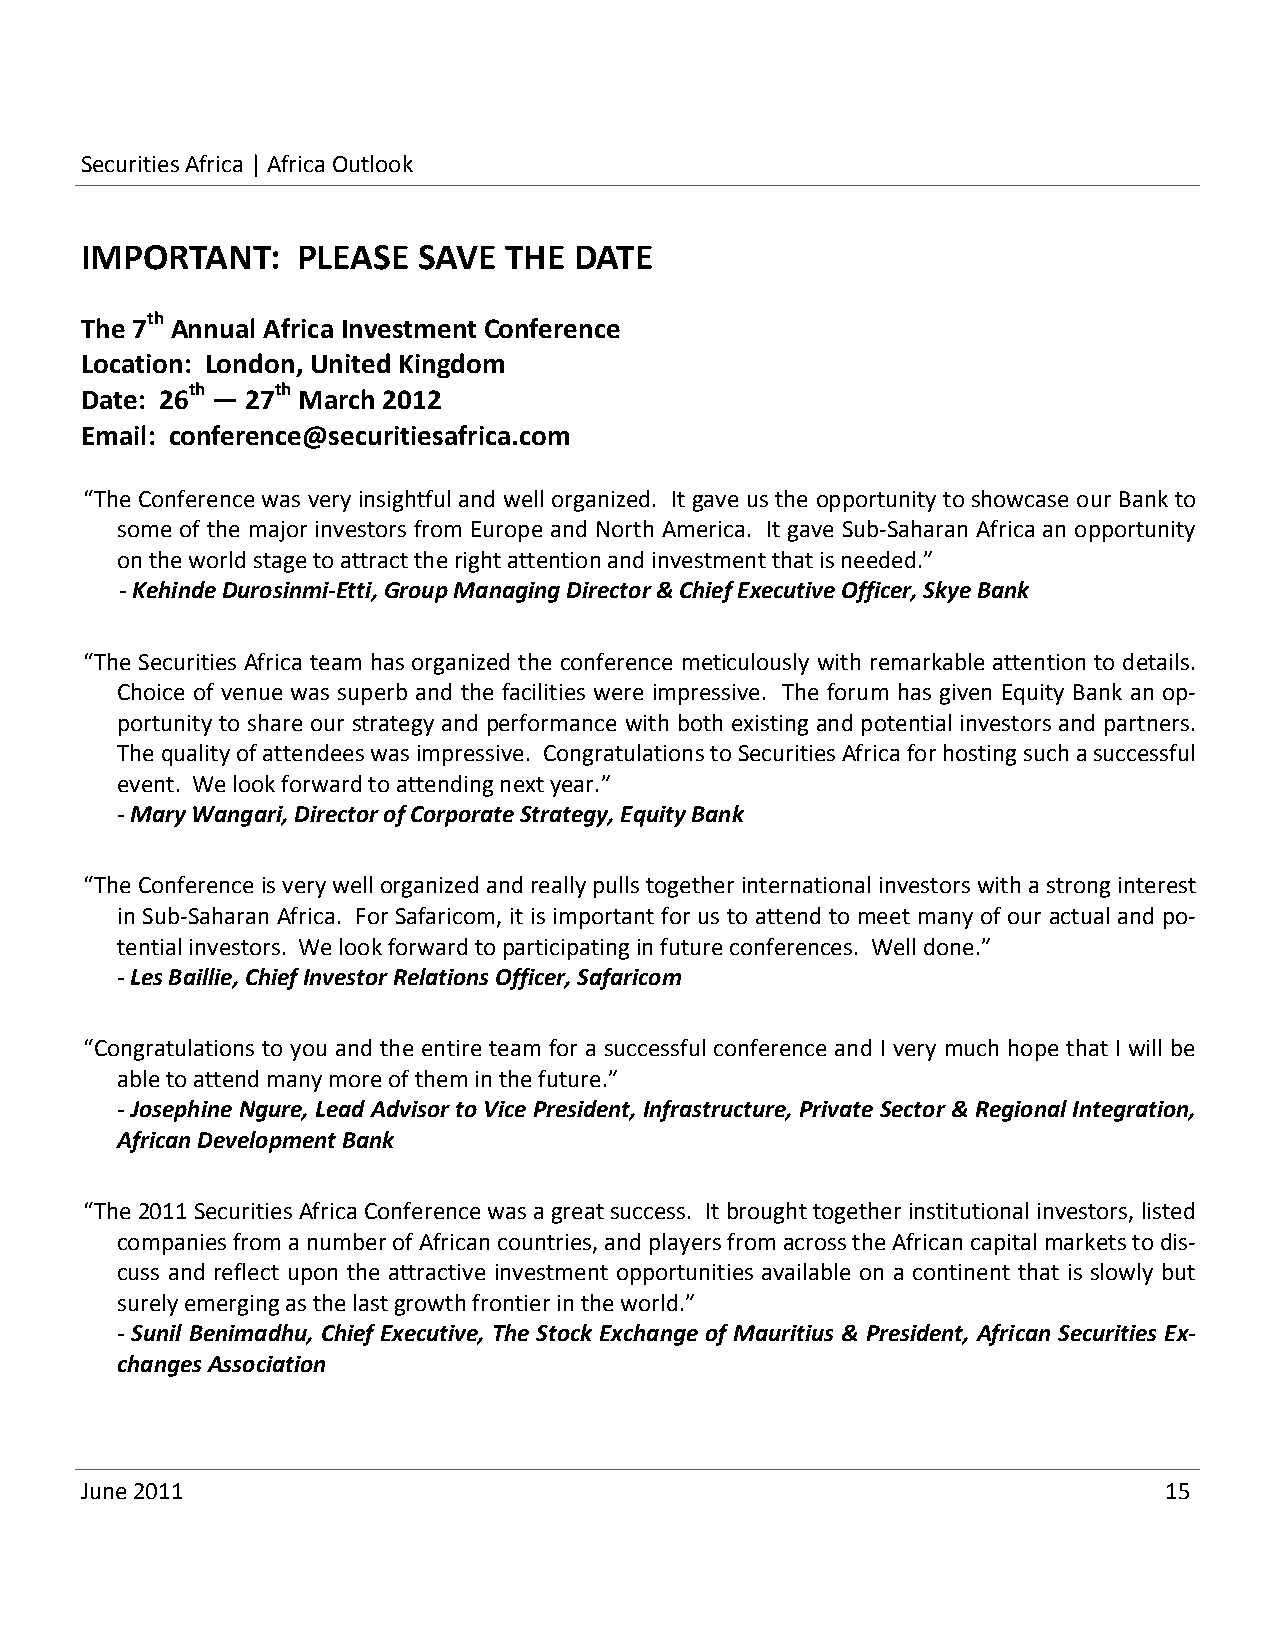
Securities Africa | Africa Outlook
 IMPORTANT:     PLEASE  SAVE THE  DATE
 The 7th Annual Africa Investment Conference
 Location: London, United Kingdom
 Date: 26th — 27th March 2012
 Email: conference@securitiesafrica.com
 “The Conference was very insightful and well organized. It gave us the opportunity to showcase our Bank to
 some of the major investors from Europe and North America. It gave Sub‐Saharan Africa an opportunity
 on the world stage to attract the right attention and investment that is needed.”
 ‐ Kehinde Durosinmi‐Etti, Group Managing Director & Chief Executive Officer, Skye Bank
 “The Securities Africa team has organized the conference meticulously with remarkable attention to details.
 Choice of venue was superb and the facilities were impressive. The forum has given Equity Bank an op‐
 portunity to share our strategy and performance with both existing and potential investors and partners.
 The quality of attendees was impressive. Congratulations to Securities Africa for hosting such a successful
 event. We look forward to attending next year.”
 ‐ Mary Wangari, Director of Corporate Strategy, Equity Bank
 “The Conference is very well organized and really pulls together international investors with a strong interest
 in Sub‐Saharan Africa. For Safaricom, it is important for us to attend to meet many of our actual and po‐
 tential investors. We look forward to participating in future conferences. Well done.”
 ‐ Les Baillie, Chief Investor Relations Officer, Safaricom
 “Congratulations to you and the entire team for a successful conference and I very much hope that I will be
 able to attend many more of them in the future.”
 ‐ Josephine Ngure, Lead Advisor to Vice President, Infrastructure, Private Sector & Regional Integration,
 African Development Bank
 “The 2011 Securities Africa Conference was a great success. It brought together institutional investors, listed
 companies from a number of African countries, and players from across the African capital markets to dis‐
 cuss and reflect upon the attractive investment opportunities available on a continent that is slowly but
 surely emerging as the last growth frontier in the world.”
 ‐ Sunil Benimadhu, Chief Executive, The Stock Exchange of Mauritius & President, African Securities Ex‐
 changes Association
 June 2011                                                               15